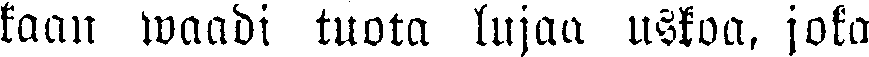
kaan waadi tuota lujaa uskoa, joka